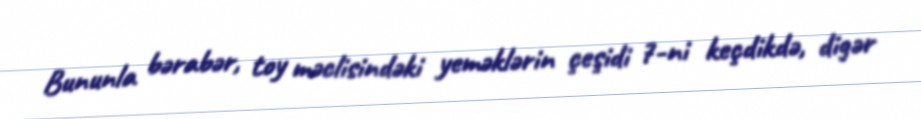
Bununla bərabər, toy məclisindəki yeməklərin çeşidi 7-ni keçdikdə, digər